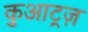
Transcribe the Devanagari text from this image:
कुआट्रज़